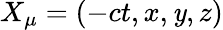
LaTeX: X_{\mu}=(-ct,x,\mathit{y},z)